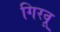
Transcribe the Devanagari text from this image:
गिरवू